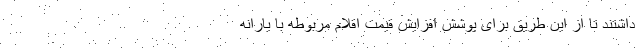
داشتند تا از این طریق برای پوشش افزایش قیمت اقلام مربوطه با یارانه